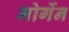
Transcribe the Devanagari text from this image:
मोर्गेन